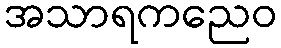
အသာရကညေဝ